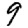
Digit: 9